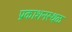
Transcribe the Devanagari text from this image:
प्रकाशनस्थळ